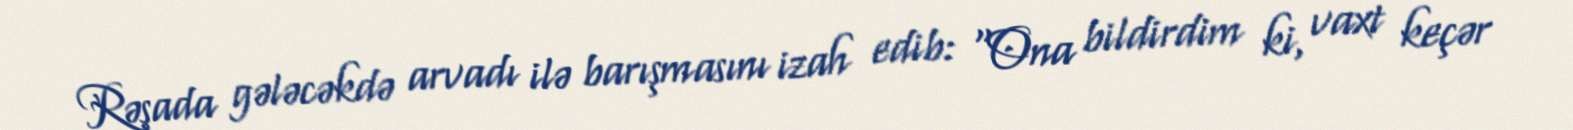
Rəşada gələcəkdə arvadı ilə barışmasını izah edib: “Ona bildirdim ki, vaxt keçər